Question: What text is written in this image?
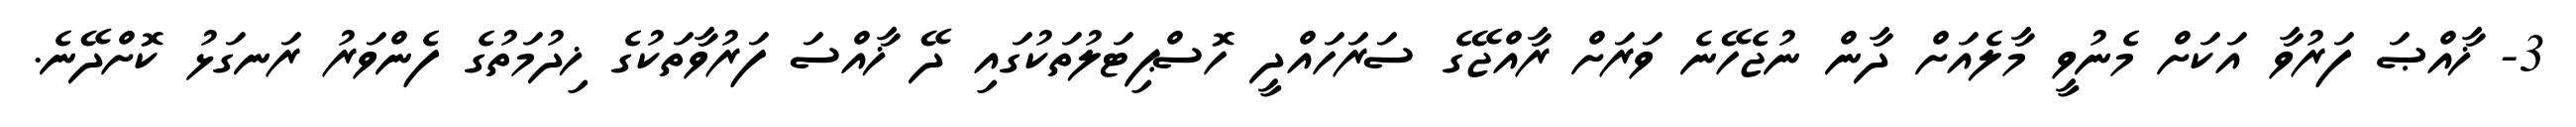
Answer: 3- ޚާއްޞަ ފަރުވާ އަކަށް މެނުވީ މާލެއަށް ދާން ނުޖެހޭނެ ވަރަށް ރާއްޖޭގެ ސަރަހައްދީ ހޮސްޕިޓަލުތަކުގައި ދޭ ޚާއްސަ ފަރުވާތަކުގެ ޚިދުމަތުގެ ފެންވަރު ރަނގަޅު ކޮށްދޭނެ.